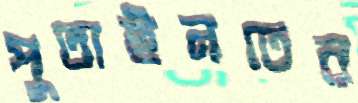
পুতাইনতের